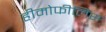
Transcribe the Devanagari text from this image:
हीमोफीलिस